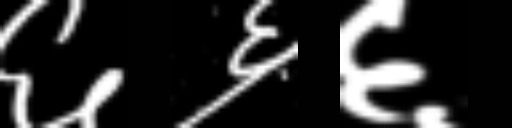
Text: ६६६